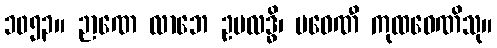
၁၀၅၃။ ဉာဏေ လာဘေ ဥပလဒ္ဓိ၊ ပဝေဏီ ကုထဝေဏိသု။